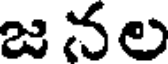
జ నల